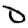
Digit: 0